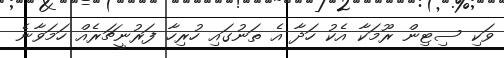
ވަކި ސިޓިން ރޫމަކާ އެކު ހަދާ އެ ތަނުގައި ހުރިހާ ފަރުނީޗަރެއް ހަމަވާނެ